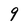
Character: 9